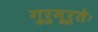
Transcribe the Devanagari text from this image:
गुरुमूर्तेः